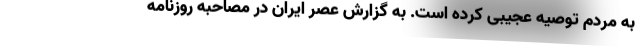
به مردم توصیه عجیبی کرده است. به گزارش عصر ایران در مصاحبه روزنامه